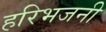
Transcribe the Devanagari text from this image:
हरिभजनी